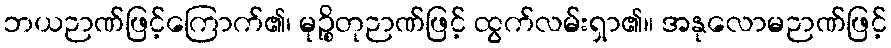
ဘယဉာဏ်ဖြင့်ကြောက်၏၊ မုဉ္စိတုဉာဏ်ဖြင့် ထွက်လမ်းရှာ၏။ အနုလောမဉာဏ်ဖြင့်